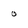
Character: o